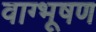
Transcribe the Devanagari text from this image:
वाग्भूषण